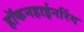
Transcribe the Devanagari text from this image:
हॉकनहाईनरिंग